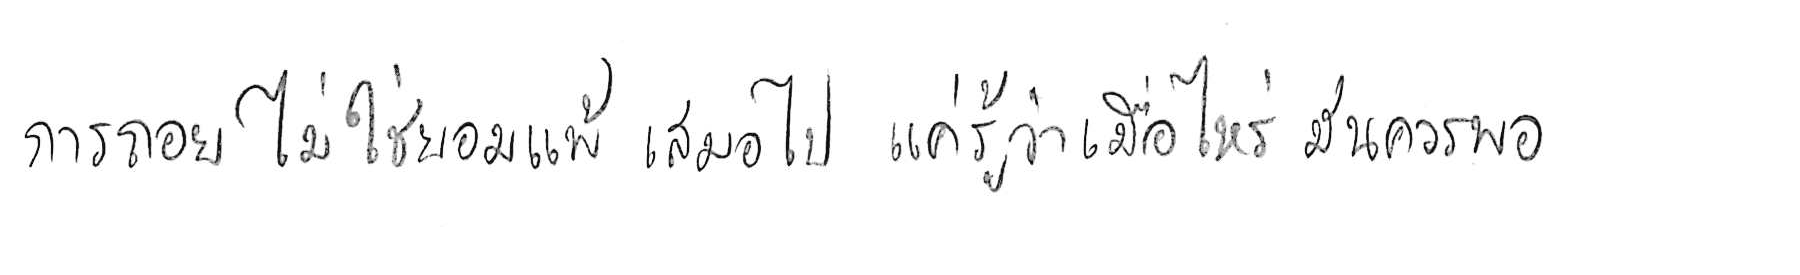
การถอย ไม่ใช่ยอมแพ้ เสมอไป แค่รู้ว่าเมื่อไหร่ มันควรพอ